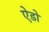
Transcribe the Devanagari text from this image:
ऐडो